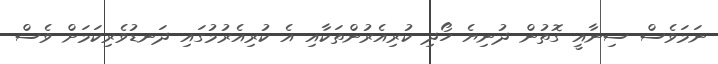
ނަމަވެސް ސިނާއީ ގޮތުން ދުނިޔެ ހޯދި ކުރިއެރުންތަކާއި އެ ކުރިއެރުމުގައި ދަނޑުވެރިކަމަށް ވެސް